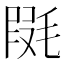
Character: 𣮱